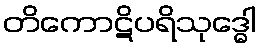
တိကောဋိပရိသုဒ္ဓေါ